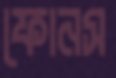
ফোনস